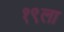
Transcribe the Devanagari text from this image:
१९ला